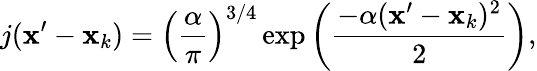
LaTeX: j({\mathbf x}^{\prime}-{\mathbf x}_{k})=\left(\frac{\alpha}{\pi}\right)^{3/4}\, \mathrm{\exp}\left(\frac{-\alpha({\mathbf x}^{\prime}-{\mathbf x}_{k})^{2}}{2}\right),